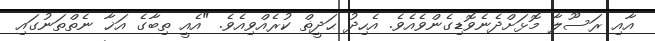
އާއި ރަސޫލާ މޮޅަށްދެނެވޮޑިގެންވެއެވެ. އެހިދު ޙަދީޡް ކުރެއްވިއެވެ. "އެއީ ތިބާގެ އަޚާ ނެތްތަނުގައި